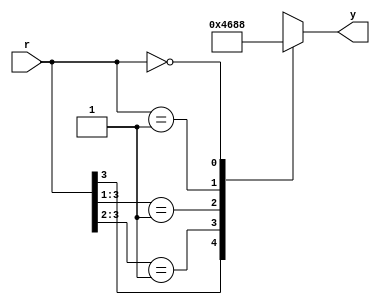
// Listing 3.8
module prio_encoder_casez
   (
    input wire [4:1] r,
    output reg [2:0] y
   );

   always @*
      casez(r)
         4'b1???: y = 3'b100;
         4'b01??: y = 3'b011;
         4'b001?: y = 3'b010;
         4'b0001: y = 3'b001;
         4'b0000: y = 3'b000; // default can also be used
      endcase

endmodule